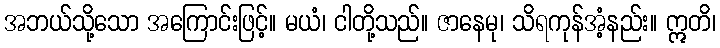
အဘယ်သို့သော အကြောင်းဖြင့်။ မယံ၊ ငါတို့သည်။ ဇာနေမု၊ သိရကုန်အံ့နည်း။ ဣတိ၊